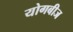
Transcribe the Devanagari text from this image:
योगबीज